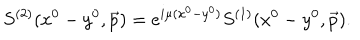
S ^ { ( 2 ) } ( x ^ { 0 } - y ^ { 0 } , \vec { p } ) = e ^ { i \mu ( x ^ { 0 } - y ^ { 0 } ) } S ^ { ( 1 ) } ( x ^ { 0 } - y ^ { 0 } , \vec { p } ) .